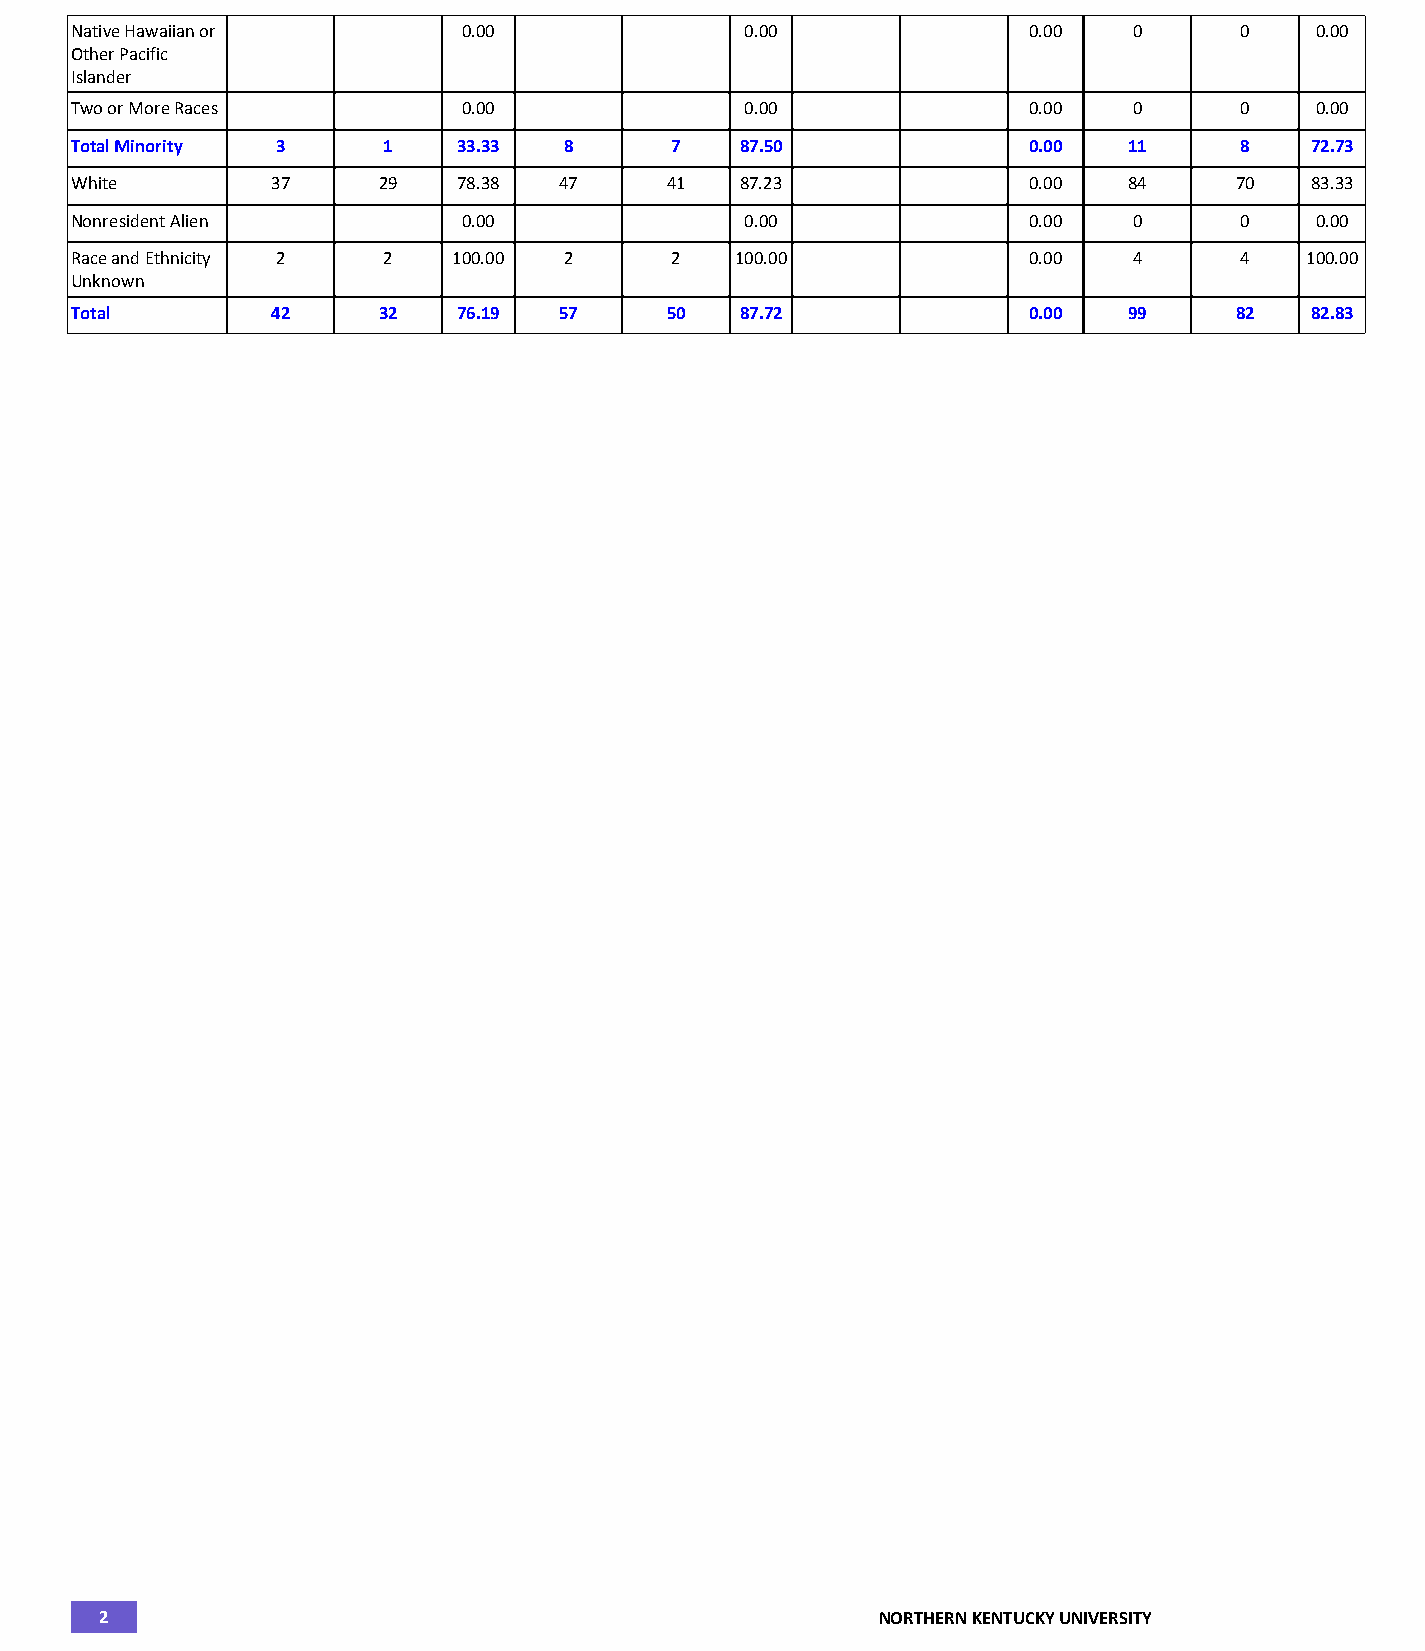
Native Hawaiian or        0.00              0.00               0.00   0      0    0.00
 Other Pacific
 Islander
 Two or More Races         0.00              0.00               0.00   0      0    0.00
 Total Minority 3    1    33.33  8      7    87.50              0.00   11     8    72.73
 White        37     29   78.38  47     41   87.23              0.00   84     70   83.33
 Nonresident Alien         0.00              0.00               0.00   0      0    0.00
 Race and Ethnicity 2 2   100.00 2      2    100.00             0.00   4      4   100.00
 Unknown
 Total        42     32   76.19  57     50   87.72              0.00   99     82   82.83
 2                                                  NORTHERN KENTUCKY UNIVERSITY